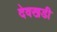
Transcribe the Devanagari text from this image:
देवखडी